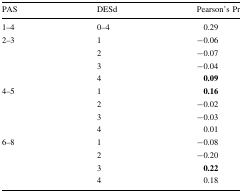
<table><thead><tr><td><b>PAS</b></td><td><b>DESd</b></td><td><b>Pearson’s Pr</b></td></tr></thead><tbody><tr><td>1–4</td><td>0–4</td><td>0.29</td></tr><tr><td rowspan="4">2–3</td><td>1</td><td>−0.06</td></tr><tr><td>2</td><td>−0.07</td></tr><tr><td>3</td><td>−0.04</td></tr><tr><td>4</td><td><b>0.09</b></td></tr><tr><td rowspan="4">4–5</td><td>1</td><td><b>0.16</b></td></tr><tr><td>2</td><td>−0.02</td></tr><tr><td>3</td><td>−0.03</td></tr><tr><td>4</td><td>0.01</td></tr><tr><td rowspan="4">6–8</td><td>1</td><td>−0.08</td></tr><tr><td>2</td><td>−0.20</td></tr><tr><td>3</td><td><b>0.22</b></td></tr><tr><td>4</td><td>0.18</td></tr></tbody></table>